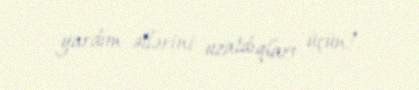
yardım əllərini uzatdıqları üçün!.